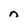
Character: n